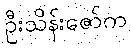
ဦးသိန်းဇော်က